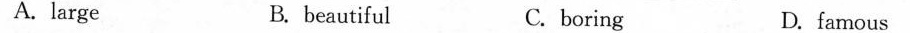
A. large B. beautiful C. boring D. famous